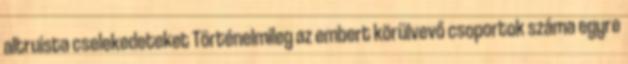
altruista cselekedeteket Történelmileg az embert körülvevő csoportok száma egyre